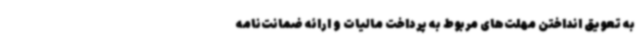
به تعویق انداختن مهلت‌های مربوط به پرداخت مالیات و ارائه ضمانت‌نامه